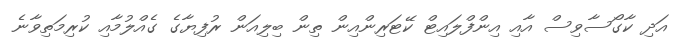
އަދި ކާގޯސާވިސް އާއި އިންފްލައިޓް ކޭޓަރިންއިން ތިން ބިލިއަން ރުފިޔާގެ ގެއްލުމާއި ކުރިމަތިވާނެ